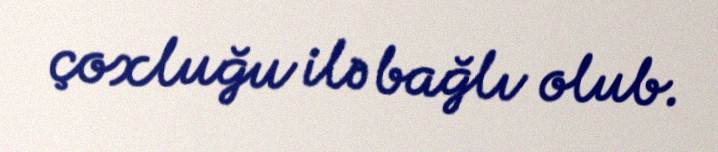
çoxluğu ilə bağlı olub.